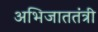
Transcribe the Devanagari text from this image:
अभिजाततंत्री